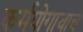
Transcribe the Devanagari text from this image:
कर्मयोगाचाच